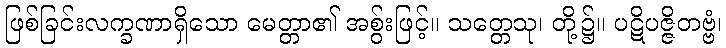
ဖြစ်ခြင်းလက္ခဏာရှိသော မေတ္တာ၏ အစွ်းဖြင့်။ သတ္တေသု၊ တို့၌။ ပဋိပဇ္ဇိတဗ္ဗံ၊